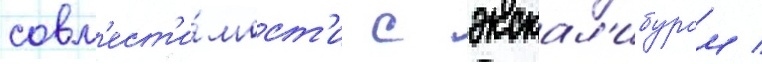
совм'ест'и́мост'и с экскал'ибуром /